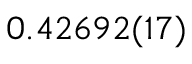
0 . 4 2 6 9 2 ( 1 7 )